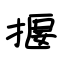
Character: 揠